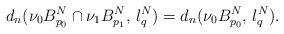
LaTeX: \begin{align*}d_n(\nu_0B_{p_0}^N\cap \nu_1 B_{p_1}^N, \, l_q^N)=d_n(\nu_0 B_{p_0}^N, \, l_q^N).\end{align*}